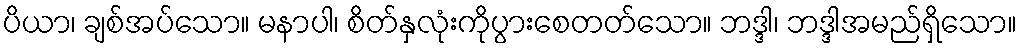
ပိယာ၊ ချစ်အပ်သော။ မနာပါ၊ စိတ်နှလုံးကိုပွားစေတတ်သော။ ဘဒ္ဒါ၊ ဘဒ္ဒါအမည်ရှိသော။